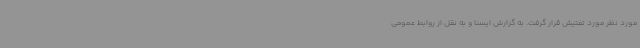
مورد نظر مورد تفتیش قرار گرفت. به گزارش ایسنا و به نقل از روابط عمومی